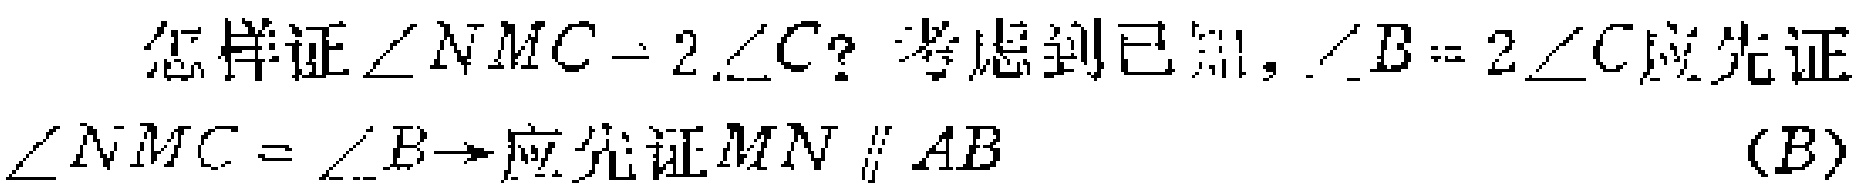
怎样证$\angle NMC = 2\angle C$? 考虑到已知，$\angle B = 2\angle C$应先证

$\angle NMC = \angle B\Rightarrow$应先证$MN\parallel AB$  (B)